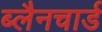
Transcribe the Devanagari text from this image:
ब्लैनचार्ड